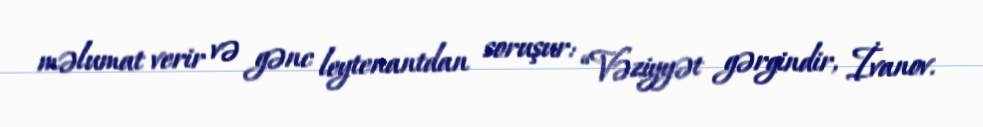
məlumat verir və gənc leytenantdan soruşur: “Vəziyyət gərgindir, İvanov.